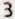
3